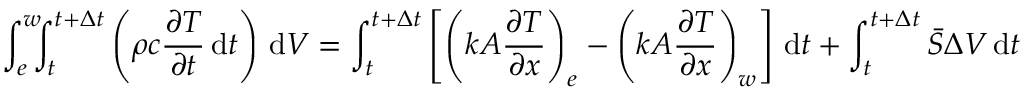
\int _ { e } ^ { w } \! \! \! \int _ { t } ^ { t + \Delta t } \left( \rho c { \frac { \partial T } { \partial t } } \, \mathrm { d } t \right) \, \mathrm { d } V = \int _ { t } ^ { t + \Delta t } \left[ \left( k A { \frac { \partial T } { \partial x } } \right) _ { e } - \left( k A { \frac { \partial T } { \partial x } } \right) _ { w } \right] \, \mathrm { d } t + \int _ { t } ^ { t + \Delta t } { \bar { S } } \Delta V \, \mathrm { d } t